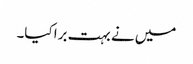
میں نے بہت برا کیا۔